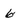
Character: 6